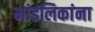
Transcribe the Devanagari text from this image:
मांडलिकांना